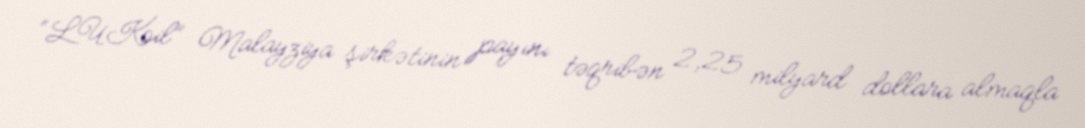
“LUKoil” Malayziya şirkətinin payını təqribən 2,25 milyard dollara almaqla